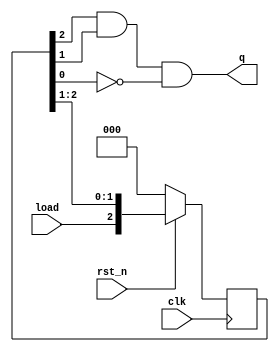
//********************************************************
//   Copyright(c)2016, STEP FPGA 
//   All rights reserved
//   Module name     :   singlepulse
//   Data            :   2016/08/01
//   Version         :   V1.0
//   Description     :   
//
//   Modification history
//   ----------------------------------------------------------------------------
// Version       
// Description
//
//********************************************************


//*******************
//DEFINE MODULE PORT
//*******************
module singlepulse
(
	//INPUT
	clk			,
	rst_n		,
	load		,
	//OUTPUT
	q			
);
	//*******************
	//DEFINE INPUT
	//*******************
	input 	clk,rst_n,load;     

    //*******************
	//DEFINE OUTPUT
	//*******************
	output		q;
	
	//*********************
	//INNER SIGNAL DECLARATION
	//*********************
	//REGS
	reg   [2:0]       	cont;    
	  

	
	//Sequential logic style
	always@(posedge clk)
		if (!rst_n)
			cont<=0;
		else
			cont<={load,cont[2:1]};
			
	assign q = cont[2]&cont[1]& (~cont[0]);
			
endmodule